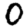
Digit: 0